Punjab Mental Hospital Lahore 1922-31 - 1922-1931
Year: 1922
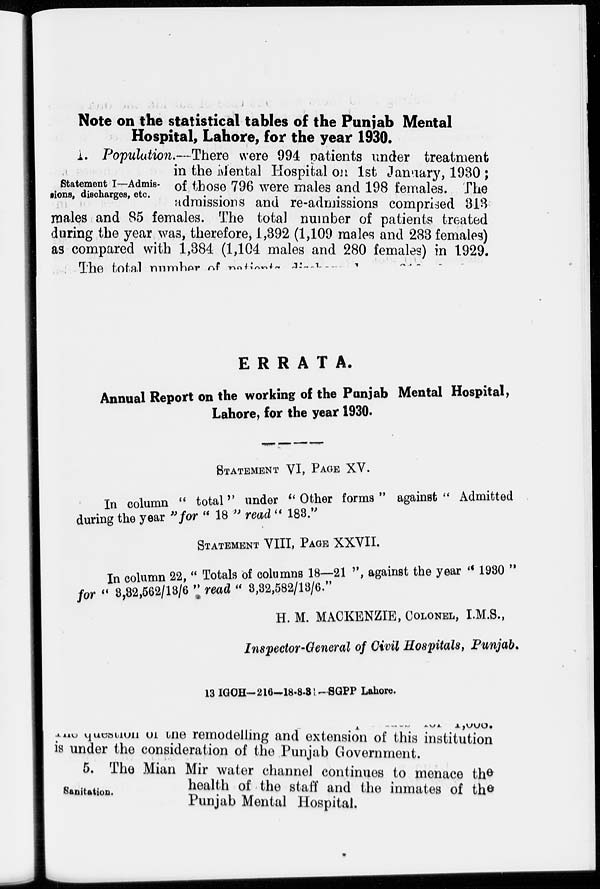
Note on the statistical tables of the Punjab Mental
Hospital, Lahore, for the year 1930.
Statement I—Admis-
sions, discharges, etc.
1. Population.—There were 994 patients under treatment
in the Mental Hospital on 1st January', 1930;
of those 796 were males and 198 females. The
admissions and re-admissions comprised 313
males and 85 females. The total number of patients treated
during the year was, therefore, 1,392 (1,109 males and 283 females)
as compared with 1,384 (1,104 males and 280 females) in 1929.
The total number of patients discharged
ERRATA.
Annual Report on the working of the Punjab Mental Hospital)
Lahore, for the year 1930.
STATEMENT VI, PAGE XV.
In column "total" under "Other forms " against " Admitted
during the year" for "18 " read " 183."
STATEMENT VIII, PAGE XXVII.
In column 22, "Totals of columns 18—21", against the year "1980 "
for "3,32,562/13/6 " read "3,32,582/13/6."
H. M. MACKENZIE, COLONEL, I.M.S.,
Inspector-General of Civil Hospitals, Punjab.
13 IGCH- 216-18-8-31-SGPP Lahore.
The question of the remodelling and extension of this institution
is under the consideration of the Punjab Government.
Sanitation.
5. The Mian Mir water channel continues to menace the
health of the staff and the inmates of the
Punjab Mental Hospital.